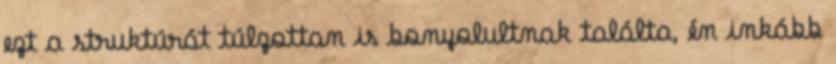
ezt a struktúrát túlzottan is bonyolultnak találta, én inkább